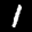
Label: 1